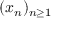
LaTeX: ( x _ { n } ) _ { n \geq 1 }